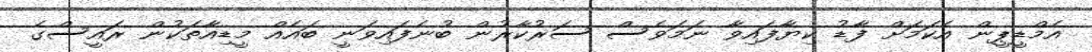
އެމްޑީޕީން އެކަމަށް ފާޑު ކިޔާފައިވާ ނަމަވެސް ސަރުކާރުން ބުނެފައިވަނީ ބައެއް މީޑިއާތަކުން ރައީސްގެ